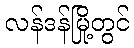
လန်ဒန်မြို့တွင်